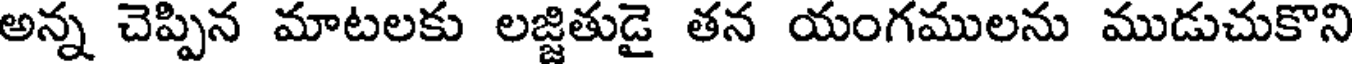
అన్న చెప్పిన మాటలకు లజ్జితుడై తన యంగములను ముడుచుకొని